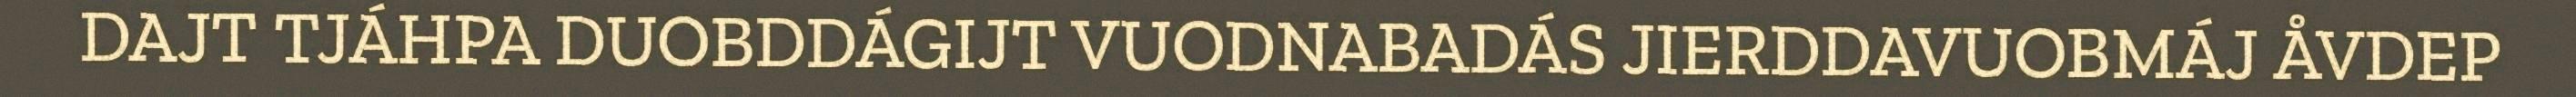
DAJT TJÁHPA DUOBDDÁGIJT VUODNABADÁS JIERDDAVUOBMÁJ ÅVDEP